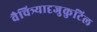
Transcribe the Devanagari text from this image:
वैचित्र्यादृजुकुटिल